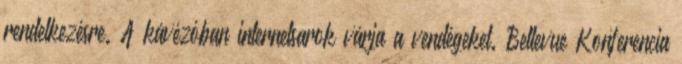
rendelkezésre. A kávézóban internetsarok várja a vendégeket. Bellevue Konferencia